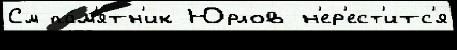
См па́м'ятн'ик Юрлов н'ер'ест'итс'я